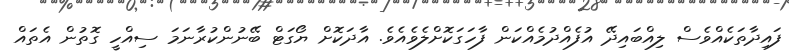
ފައިދާތަކެއްވެސް ލިއްބައިދޭ އުފެއްދުމެއްކަން ފާހަގަކޮށްލެވެއެވެ. އާދަކޮށް ޔޯގަޓް ބޭނުންކުރާނަމަ ސިއްހީ ގޮތުން އެތައް